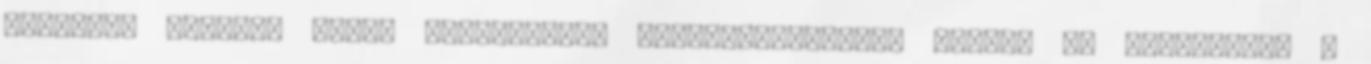
bűnöket, illetve Mária kegyelmével megszabaduljanak tőlük, ne kerüljenek a